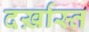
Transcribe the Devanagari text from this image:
दर्ख़ास्त